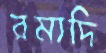
রমাদি